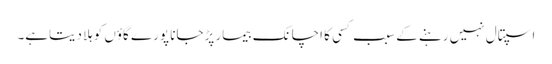
اسپتال نہیں رہنے کے سبب کسی کا اچانک بیمار پڑجانا پورے گاؤں کوہلا دیتاہے۔